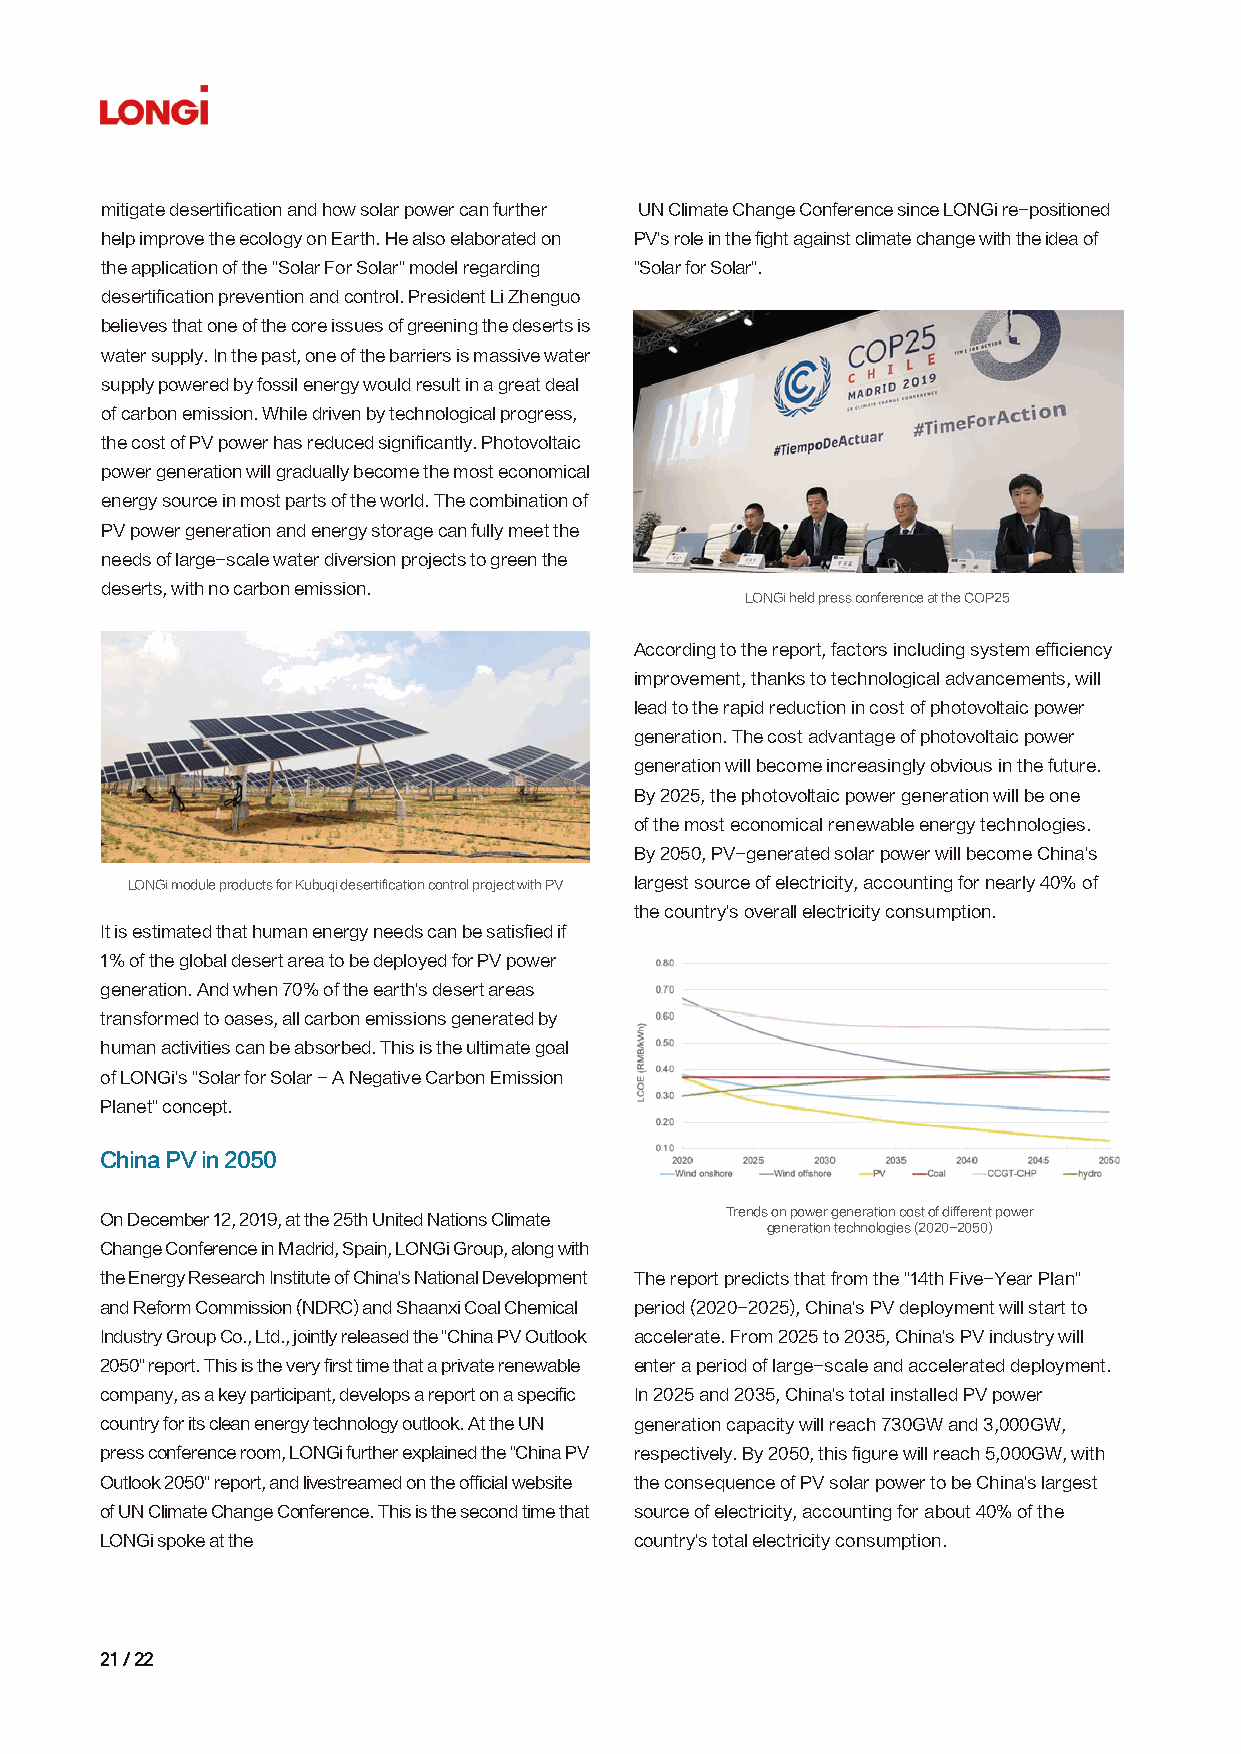
mitigate desertification and how solar power can further UN Climate Change Conference since LONGi re-positioned
 help improve the ecology on Earth. He also elaborated on PV's role in the fight against climate change with the idea of
 the application of the "Solar For Solar" model regarding "Solar for Solar".
 desertification prevention and control. President Li Zhenguo
 believes that one of the core issues of greening the deserts is
 water supply. In the past, one of the barriers is massive water
 supply powered by fossil energy would result in a great deal
 of carbon emission. While driven by technological progress,
 the cost of PV power has reduced significantly. Photovoltaic
 power generation will gradually become the most economical
 energy source in most parts of the world. The combination of
 PV power generation and energy storage can fully meet the
 needs of large-scale water diversion projects to green the
 deserts, with no carbon emission.
 LONGi held press conference at the COP25
 According to the report, factors including system efficiency
 improvement, thanks to technological advancements, will
 lead to the rapid reduction in cost of photovoltaic power
 generation. The cost advantage of photovoltaic power
 generation will become increasingly obvious in the future.
 By 2025, the photovoltaic power generation will be one
 of the most economical renewable energy technologies.
 By 2050, PV-generated solar power will become China's
 LONGi module products for Kubuqi desertification control project with PV largest source of electricity, accounting for nearly 40% of
 the country's overall electricity consumption.
 It is estimated that human energy needs can be satisfied if
 1% of the global desert area to be deployed for PV power
 generation. And when 70% of the earth's desert areas
 transformed to oases, all carbon emissions generated by
 human activities can be absorbed. This is the ultimate goal
 of LONGi's "Solar for Solar - A Negative Carbon Emission
 Planet" concept.
 China PV in 2050
 Trends on power generation cost of different power
 On December 12, 2019, at the 25th United Nations Climate
 generation technologies (2020-2050)
 Change Conference in Madrid, Spain, LONGi Group, along with
 the Energy Research Institute of China's National Development The report predicts that from the "14th Five-Year Plan"
 and Reform Commission (NDRC) and Shaanxi Coal Chemical period (2020-2025), China's PV deployment will start to
 Industry Group Co., Ltd., jointly released the "China PV Outlook accelerate. From 2025 to 2035, China's PV industry will
 2050" report. This is the very first time that a private renewable enter a period of large-scale and accelerated deployment.
 company, as a key participant, develops a report on a specific In 2025 and 2035, China's total installed PV power
 country for its clean energy technology outlook. At the UN generation capacity will reach 730GW and 3,000GW,
 press conference room, LONGi further explained the "China PV respectively. By 2050, this figure will reach 5,000GW, with
 Outlook 2050" report, and livestreamed on the official website the consequence of PV solar power to be China's largest
 of UN Climate Change Conference. This is the second time that source of electricity, accounting for about 40% of the
 LONGi spoke at the                 country's total electricity consumption.
 2211 // 2222